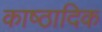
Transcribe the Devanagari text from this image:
काष्‍ठादिक